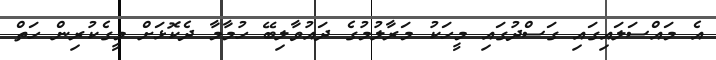
އެ މައްސަލައިގައި ގަސްދުގައި މީހަކު މަރާލުމުގެ ދައުވާލިބޭ ހުމާމާ ދެކޮޅަށް މީގެކުރިން ހަތް